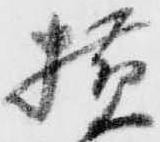
横